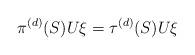
LaTeX: \begin{align*}\pi^{(d)}(S)U\xi=\tau^{(d)}(S)U\xi\end{align*}